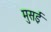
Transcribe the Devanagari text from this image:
मुसई